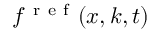
f ^ { \mathrm { ~ r ~ e ~ f ~ } } ( x , k , t )